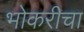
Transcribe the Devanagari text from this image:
भोकरीचा